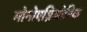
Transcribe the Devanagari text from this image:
मोनोएम्निओनिक